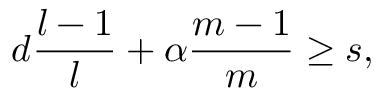
d \frac { l - 1 } { l } + \alpha \frac { m - 1 } { m } \geq s ,